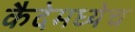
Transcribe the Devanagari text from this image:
कैदेमध्येच